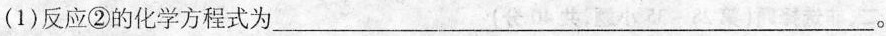
(1)反应②的化学方程式为___。